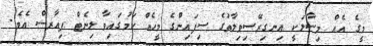
މީގެ އެއް މިސާލަކީ އިނގިރޭސިވިލާތުގެ ސިފައިންގެ މީހެއް ކަމުގައިވާ ލިނެޓް ޕިއާރސް އެވެ.